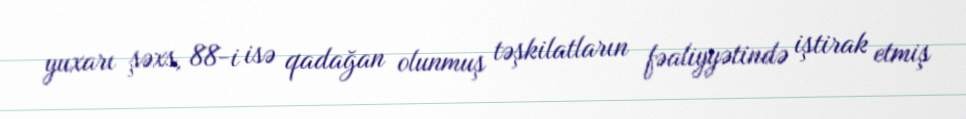
yuxarı şəxs, 88-i isə qadağan olunmuş təşkilatların fəaliyyətində iştirak etmiş